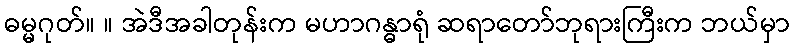
ဓမ္မဂုတ်။ ။ အဲဒီအခါတုန်းက မဟာဂန္ဓာရုံ ဆရာတော်ဘုရားကြီးက ဘယ်မှာ